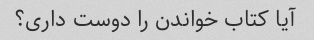
آیا کتاب خواندن را دوست داری؟